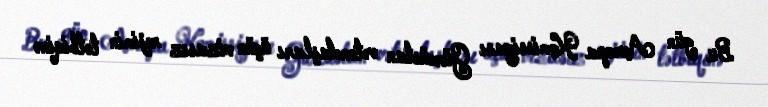
Bu gün Avropa Komissiyası Gürcüstan vətəndaşları üçün vizasız rejimin tətbiqinə